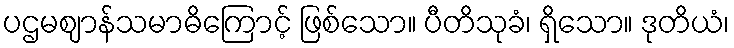
ပဌမဈာန်သမာဓိကြောင့် ဖြစ်သော။ ပီတိသုခံ၊ ရှိသော။ ဒုတိယံ၊